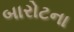
બારોટના